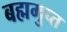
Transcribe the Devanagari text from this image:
बह्मगुप्त